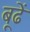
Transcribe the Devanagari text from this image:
बूढें